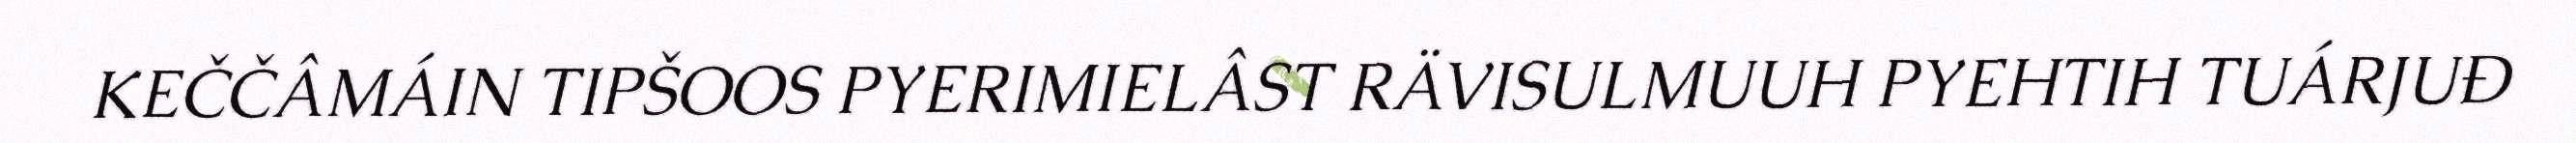
KEČČÂMÁIN TIPŠOOS PYERIMIELÂST RÄVISULMUUH PYEHTIH TUÁRJUĐ